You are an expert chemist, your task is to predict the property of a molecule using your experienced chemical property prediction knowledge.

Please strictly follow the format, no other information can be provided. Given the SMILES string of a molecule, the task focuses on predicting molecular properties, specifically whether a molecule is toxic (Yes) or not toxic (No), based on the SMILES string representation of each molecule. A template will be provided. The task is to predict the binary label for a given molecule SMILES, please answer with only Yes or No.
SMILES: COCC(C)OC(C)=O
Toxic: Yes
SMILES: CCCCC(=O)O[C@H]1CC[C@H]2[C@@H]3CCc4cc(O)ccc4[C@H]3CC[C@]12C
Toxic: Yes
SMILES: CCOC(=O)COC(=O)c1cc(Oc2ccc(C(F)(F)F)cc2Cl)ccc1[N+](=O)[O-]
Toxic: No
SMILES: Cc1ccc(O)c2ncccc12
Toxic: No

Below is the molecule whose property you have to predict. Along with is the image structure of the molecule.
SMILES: COc1ccccc1NC(=O)c1cc2ccccc2cc1O
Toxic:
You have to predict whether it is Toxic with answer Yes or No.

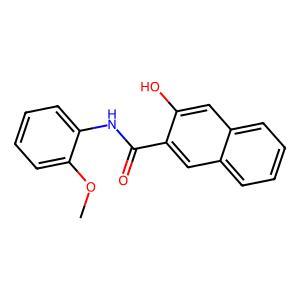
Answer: No